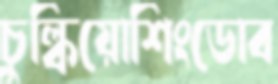
চুল্‌কিয়োশিংডোব